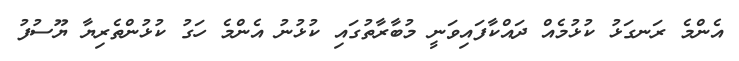
އެންމެ ރަނގަޅު ކުޅުމެއް ދައްކާފައިވަނީ މުބާރާތުގައި ކުޅުނު އެންމެ ހަގު ކުޅުންތެރިޔާ ޔޫސުފު